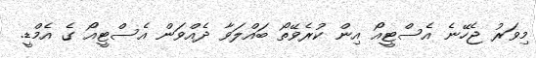
މިވަރު ޖެހޭނެ އެސްޓީއޯ އިން ކުރެވޭތޯ ބައްލަވާ ދެއްވަން އެސްޓީއޯ ގެ އެމްޑީ.